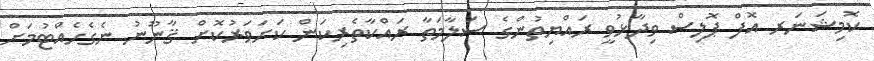
ކޮމިޝަނަރ އޮފް ޕޮލިސް ވިދާޅުވީ ރައްޔިތުންގެ ސަލާމަތާ ރައްކާތެރިކަން ކަށަވަރުކޮށް ޤާނޫނު ނެގެހެއްޓުމަށް